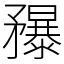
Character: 䂍